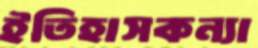
ইতিহাসকন্যা